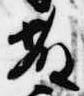
藤